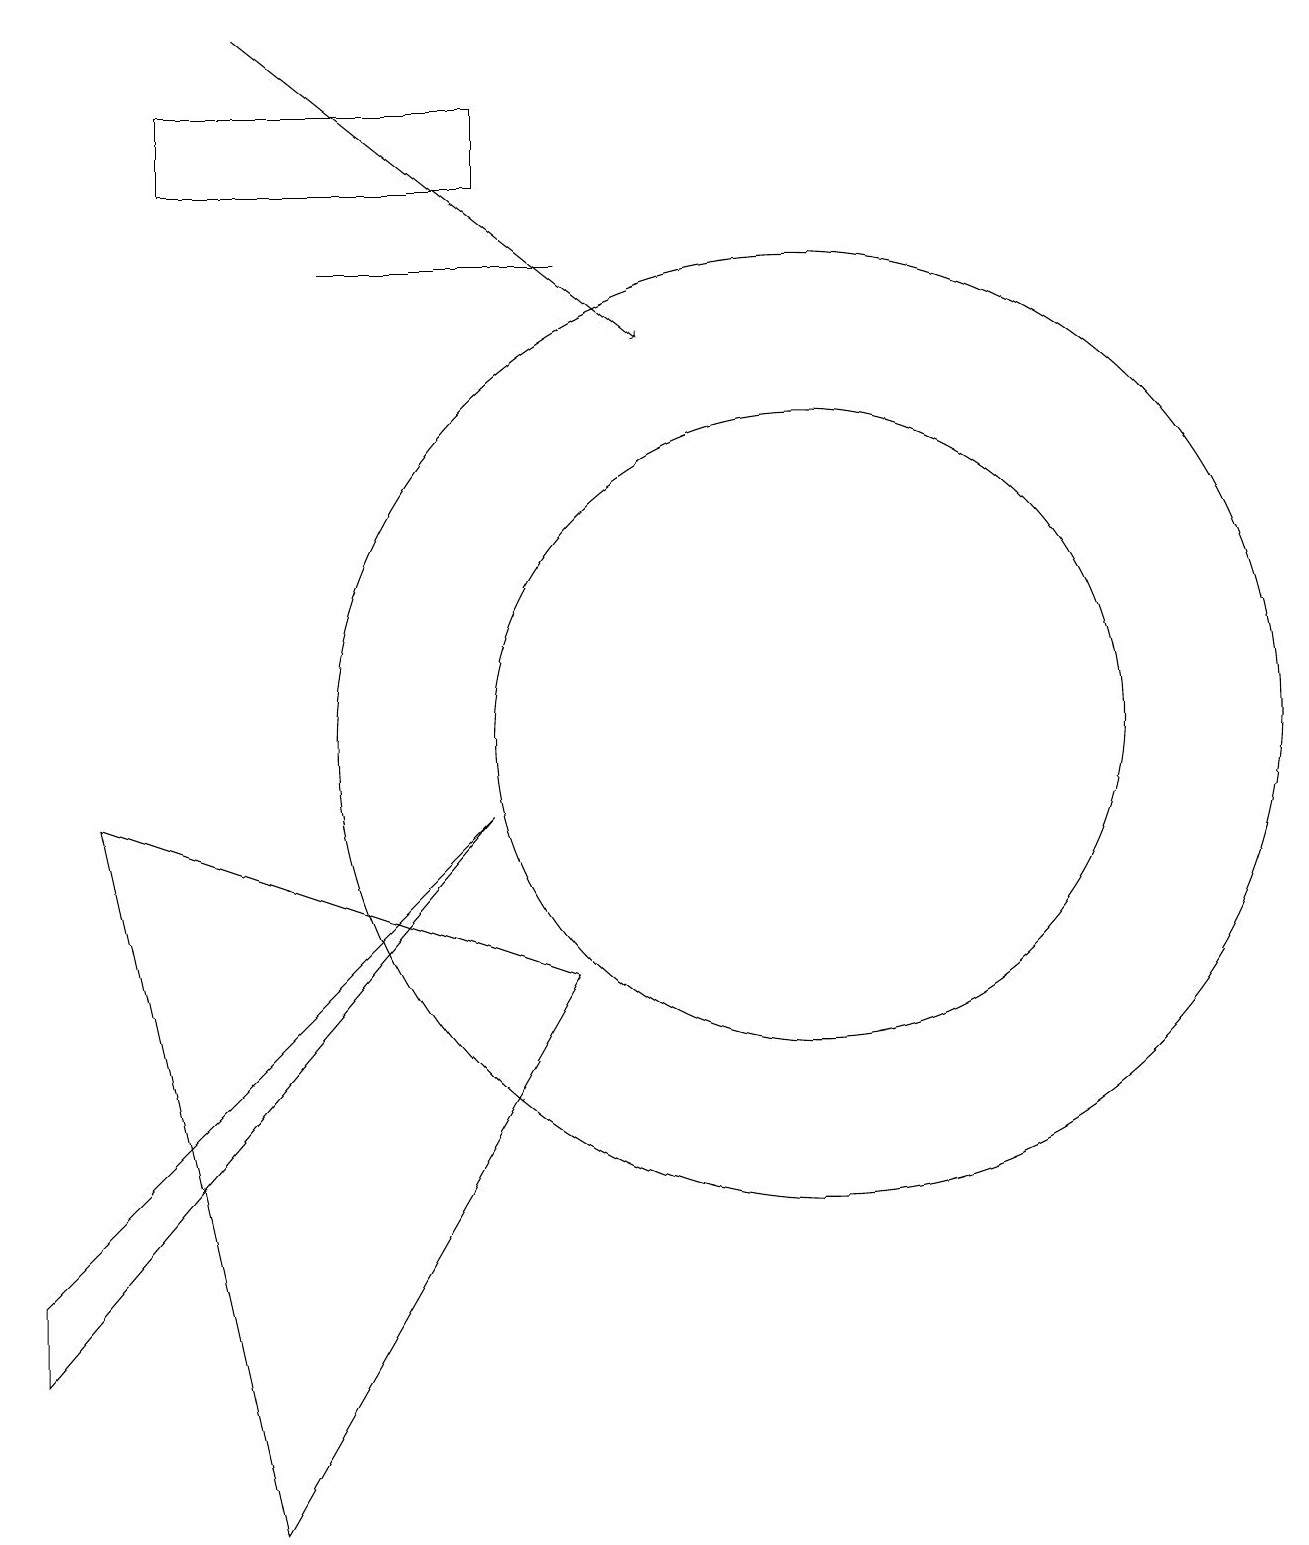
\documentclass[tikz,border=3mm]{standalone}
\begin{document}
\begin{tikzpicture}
\draw (7,16) rectangle (4,16);
\draw (6,9) -- (0,2) -- (0,3) -- cycle;
\draw (6,18) rectangle (2,17);
\draw (10,10) circle (6);
\draw (3,0) -- (1,9) -- (7,7) -- cycle;
\draw (10,10) circle (4);
\draw[->] (3,19) -- (8,15);
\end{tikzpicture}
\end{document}